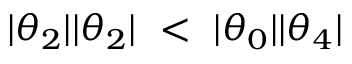
| \theta _ { 2 } | | \theta _ { 2 } | \ < \ | \theta _ { 0 } | | \theta _ { 4 } |